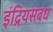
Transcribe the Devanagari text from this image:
इंद्रियसंबंध